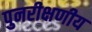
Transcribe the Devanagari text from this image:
पुनरीक्षणीय